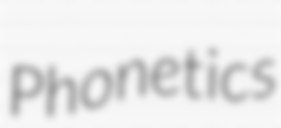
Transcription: Phonetics